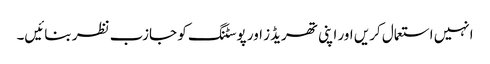
انہیں استعمال کریں اور اپنی تھریڈز اور پوسٹنگ کو جازب نظر بنائیں۔